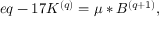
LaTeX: e q - 1 7 K ^ { ( q ) } = \mu \ast B ^ { ( q + 1 ) } ,